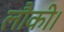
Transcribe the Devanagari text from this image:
लौकी।